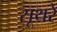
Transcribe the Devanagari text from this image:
सूथरे